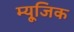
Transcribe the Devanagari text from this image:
म्यूजि़क